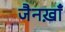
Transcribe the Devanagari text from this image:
जैनख़ाँ